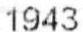
1943